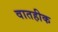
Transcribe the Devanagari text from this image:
वातहीक